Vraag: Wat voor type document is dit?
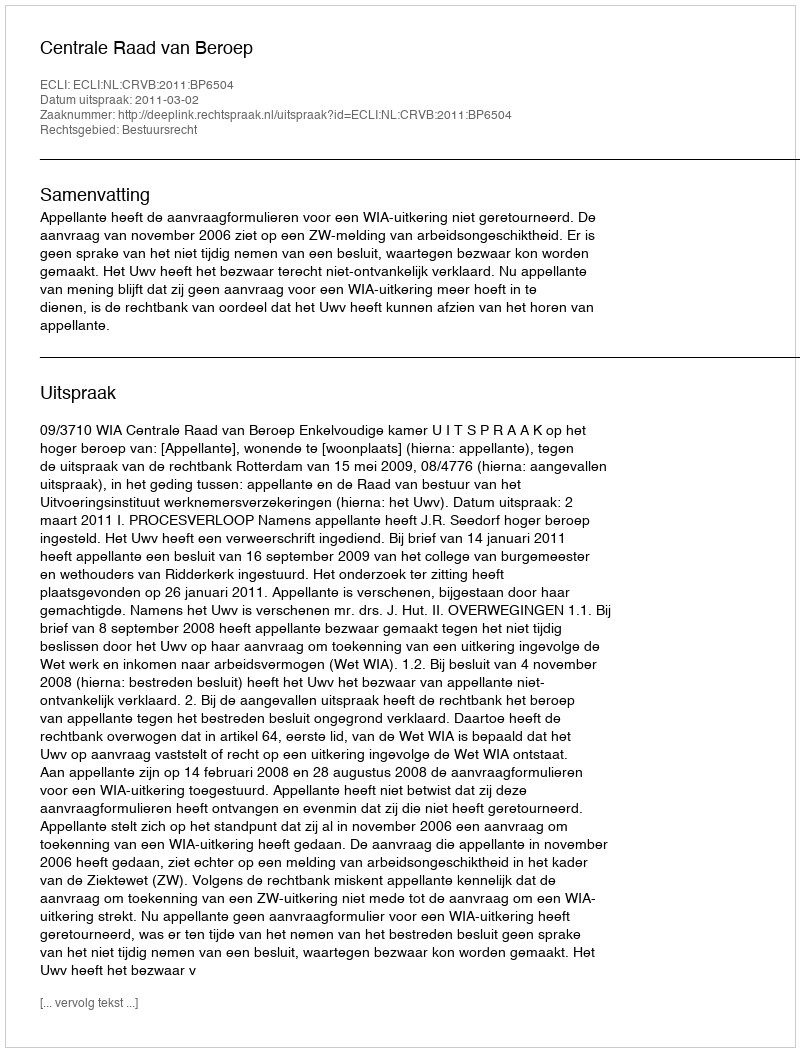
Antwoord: Uitspraak